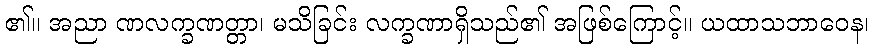
၏။ အညာ ဏလက္ခဏတ္တာ၊ မသိခြင်း လက္ခဏာရှိသည်၏ အဖြစ်ကြောင့်။ ယထာသဘာဝေန၊